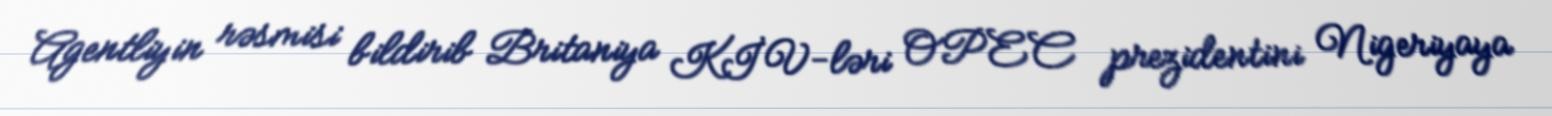
Agentliyin rəsmisi bildirib Britaniya KİV-ləri OPEC prezidentini Nigeriyaya